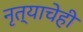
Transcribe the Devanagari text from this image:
नृत्याचेही